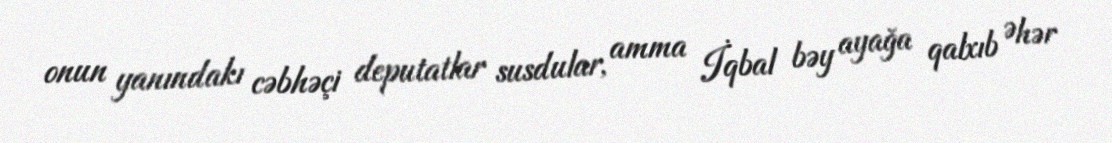
onun yanındakı cəbhəçi deputatlar susdular, amma İqbal bəy ayağa qalxıb Əhər